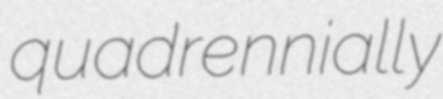
quadrennially